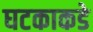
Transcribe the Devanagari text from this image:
घटकाकडे